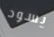
يسود